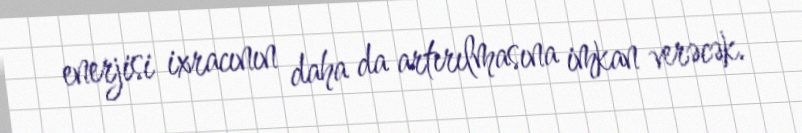
enerjisi ixracının daha da artırılmasına imkan verəcək.